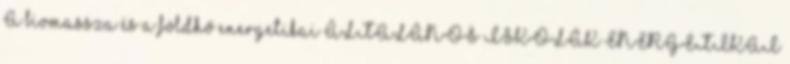
A biomassza és a földhő energetikai ÁLTALÁNOS ISKOLÁK ENERGETIKAI